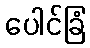
ပေါင်ခြံ